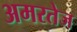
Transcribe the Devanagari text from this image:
अमरतेज